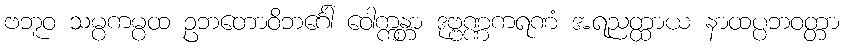
ဗဘူဝ သမ္ပကမ္ပထ ဥဘတောဝိဘင်္ဂေါ ဝေါက္ကန္တာ ဒုဗ္ဗဏ္ဏကရဏံ အရညတ္ထာယ နာထပ္ပဘဝတ္တာ